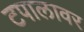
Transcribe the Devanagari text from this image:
टपालावर